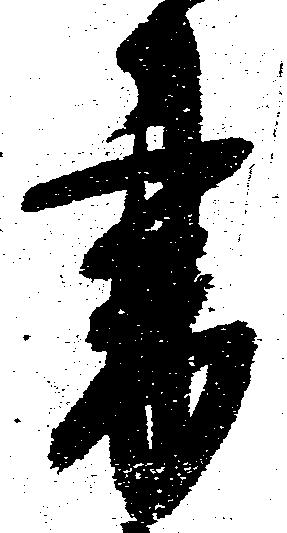
書